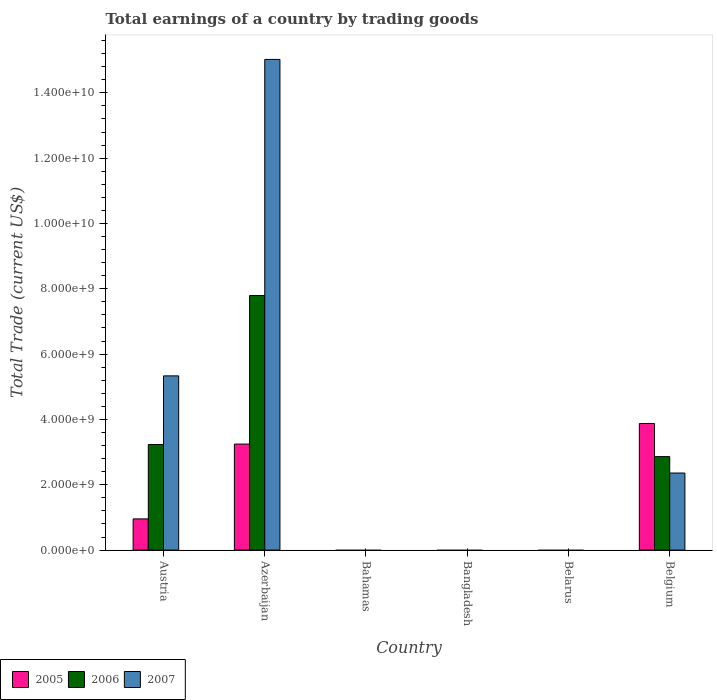
| Country | 2005 | 2006 | 2007 |
 | --- | --- | --- | --- |
 | Austria | 9.55e+08 | 3.23e+09 | 5.33e+09 |
 | Azerbaijan | 3.25e+09 | 7.8e+09 | 1.5e+10 |
 | Bahamas | -1.83e+09 | -2.06e+09 | -2.16e+09 |
 | Bangladesh | -3.03e+09 | -3.27e+09 | -4.9e+09 |
 | Belarus | -8.6e+08 | -2.45e+09 | -4.27e+09 |
 | Belgium | 3.88e+09 | 2.86e+09 | 2.36e+09 |